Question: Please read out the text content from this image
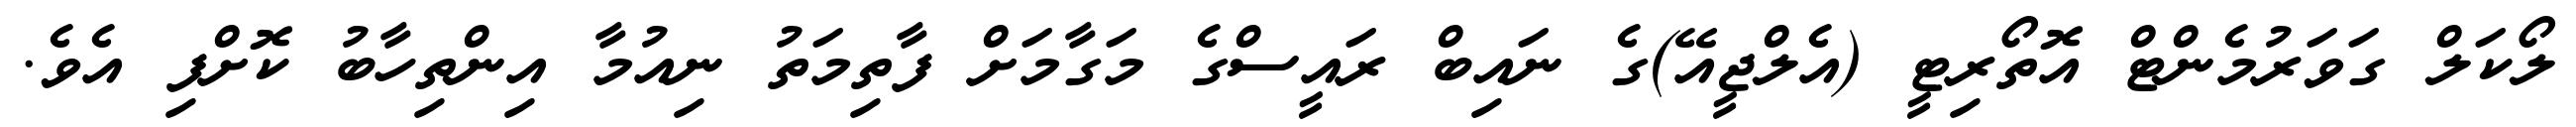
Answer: ލޯކަލް ގަވަރުމެންޓް އޮތޯރިޓީ (އެލްޖީއޭ)ގެ ނައިބް ރައީސްގެ މަގާމަށް ފާތިމަތު ނިއުމާ އިންތިހާބު ކޮށްފި އެވެ.